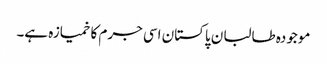
موجودہ طالبان پاکستان اسی جرم کا خمیازہ ہے۔